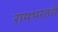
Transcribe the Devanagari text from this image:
रामभरतरी